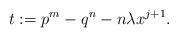
LaTeX: \begin{align*}t:= p^m - q^n - n\lambda x^{j+1}.\end{align*}